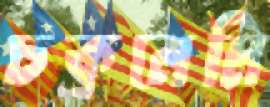
চক্রনেমি